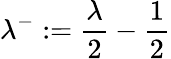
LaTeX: \lambda^{-}:=\frac{\lambda}{2}-\frac{1}{2}